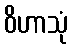
ဝိဟာသုံ